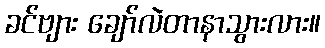
ခင်ဗျား ချော်လဲတာနာသွားလား။